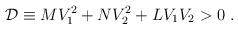
LaTeX: \begin{align*}{\cal D} \equiv MV _1^2+ N V _2^2+ L V _1 V _2>0 \ .\end{align*}